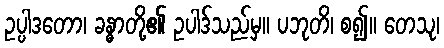
ဥပ္ပါဒတော၊ ခန္ဓာတို့၏ ဥပါဒ်သည်မှ။ ပဘုတိ၊ စ၍။ တေသု၊